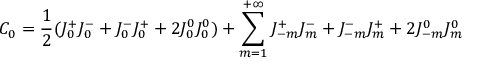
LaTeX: C _ { 0 } = \frac { 1 } { 2 } ( J _ { 0 } ^ { + } J _ { 0 } ^ { - } + J _ { 0 } ^ { - } J _ { 0 } ^ { + } + 2 J _ { 0 } ^ { 0 } J _ { 0 } ^ { 0 } ) + \sum _ { m = 1 } ^ { + \infty } J _ { - m } ^ { + } J _ { m } ^ { - } + J _ { - m } ^ { - } J _ { m } ^ { + } + 2 J _ { - m } ^ { 0 } J _ { m } ^ { 0 }